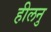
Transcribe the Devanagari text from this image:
हीलनु